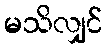
မသိလျှင်